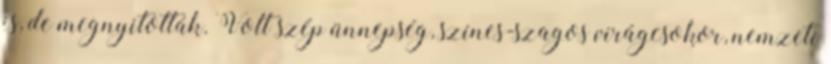
is, de megnyitották. Volt szép ünnepség, színes-szagos virágcsokor, nemzeti